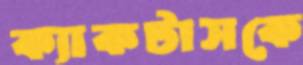
ক্যাকটাসকে